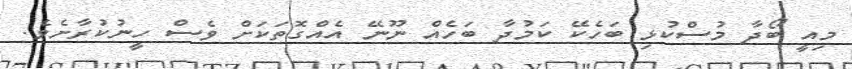
މިއީ ބޯދާ މުސްކުޅި ބަހެކޭ ކަމުދާ ބަހެއް ނޫނޭ އެއްގޮތަކަށް ވެސް ހީނުކުރާށެވެ.